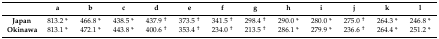
|  | a | b | c | d | e | f | g | h | i | j | k | l |
 | --- | --- | --- | --- | --- | --- | --- | --- | --- | --- | --- | --- | --- |
 | Japan | 813.2 * | 466.8 * | 438.5 * | 437.9 † | 373.5 † | 341.5 † | 298.4 † | 290.0 * | 280.0 * | 275.0 † | 264.3 * | 246.8 * |
 | Okinawa | 813.1 * | 472.1 * | 443.8 * | 400.6 † | 353.4 † | 234.0 † | 213.5 † | 286.1 * | 279.9 * | 236.6 † | 264.4 * | 251.2 * |